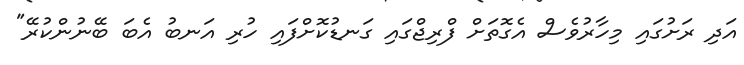
އަދި ރަށުގައި މިހާރުވެސް އެގޮތަށް ފްރިޖްގައި ގަނޑުކޮށްފައި ހުރި އަނބު އެބަ ބޭނުންކުރޭ"